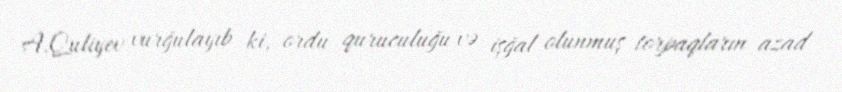
A.Quliyev vurğulayıb ki, ordu quruculuğu və işğal olunmuş torpaqların azad